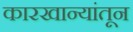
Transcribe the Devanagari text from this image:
कारखान्यांतून